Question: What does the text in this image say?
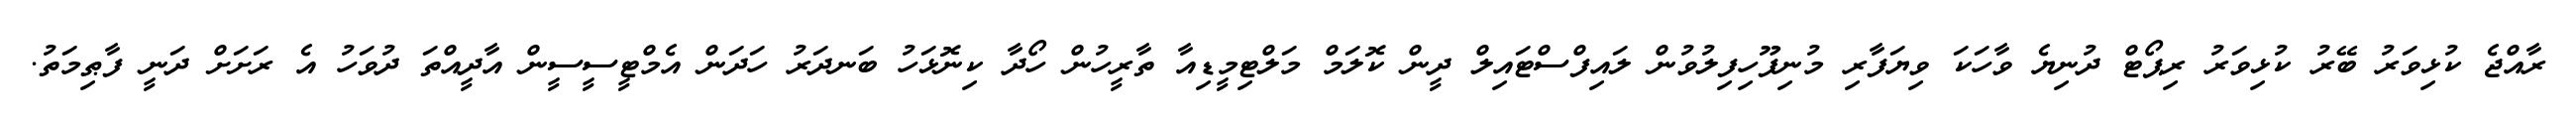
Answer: ރާއްޖެ ކުޅިވަރު ބޭރު ކުޅިވަރު ރިޕޯޓް ދުނިޔެ ވާހަކަ ވިޔަފާރި މުނިފޫހިފިލުވުން ލައިފްސްޓައިލް ދީން ކޮލަމް މަލްޓިމީޑިއާ ތާރީހުން ހޯދާ ކިނޮޅަހު ބަނދަރު ހަދަން އެމްޓީސީސީން އާދީއްތަ ދުވަހު އެ ރަށަށް ދަނީ ފާޠިމަތު.